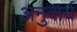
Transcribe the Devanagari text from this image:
अनुवार्य